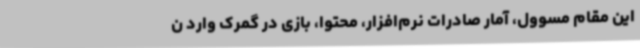
این مقام مسوول، آمار صادرات نرم‌افزار، محتوا، بازی در گمرک وارد ن